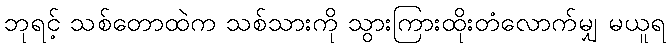
ဘုရင့် သစ်တောထဲက သစ်သားကို သွားကြားထိုးတံလောက်မျှ မယူရ